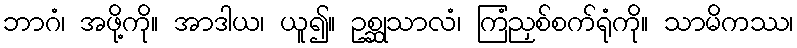
ဘာဂံ၊ အဖို့ကို။ အာဒါယ၊ ယူ၍။ ဥစ္ဆုသာလံ၊ ကြံညှစ်စက်ရုံကို။ သာမိကဿ၊